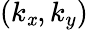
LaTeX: ({{k}_{\mathit{x}}},{{k}_{y}})